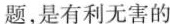
题，是有利无害的